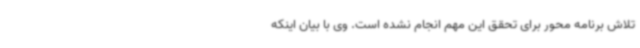
تلاش برنامه محور برای تحقق این مهم انجام نشده است. وی با بیان اینکه